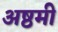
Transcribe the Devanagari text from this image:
अष्ठमी